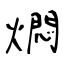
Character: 燜